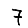
Digit: 7